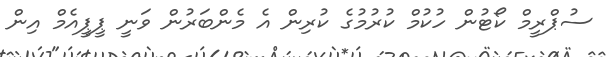
ސުޕްރީމް ކޯޓުން ހުކުމް ކުރުމުގެ ކުރިން އެ މެންބަރުން ވަނީ ޕީޕީއެމް އިން